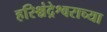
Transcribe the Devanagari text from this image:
हरिश्चंद्रेश्वराच्या